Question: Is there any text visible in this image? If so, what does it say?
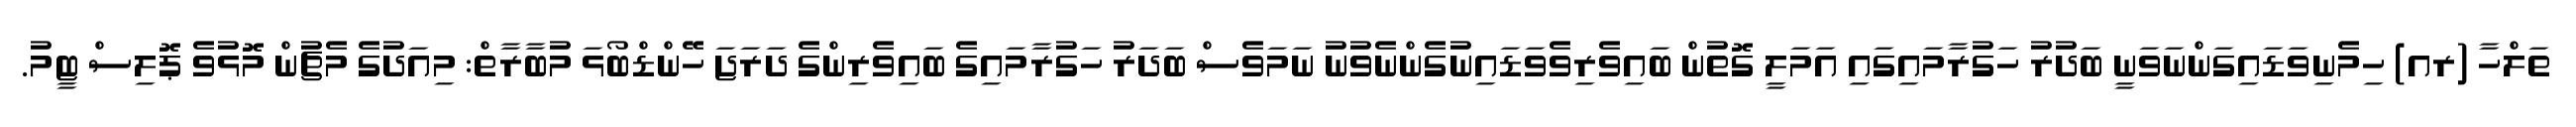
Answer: ތަލްހާ (ރއ) ހިމެނިވަޑައިގަންނަވަނީ ބަދުރު ހަގުރާމައިގައި އަމަލީ ގޮތުން ބައިވެރިވެވަޑައިނުގެންނެވުނު ނަމަވެސް ބަދަރު ހަގުރާމައިގެ ބައިވެރިންގެ ދަރަޖަ ހޭންޑްބޯޅަ މުބާރާތް: މިއަދުގެ މެޗުން މޮޅުވެ ޕޮލިސް ޓީމު.